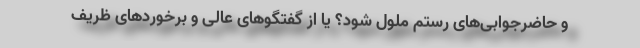
و حاضرجوابی‌های رستم ملول شود؟ یا از گفتگوهای عالی و برخوردهای ظریف